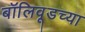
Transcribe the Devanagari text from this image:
बॉलिवूडच्या